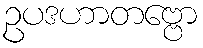
ဥပဒဟာတဗ္ဗော